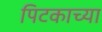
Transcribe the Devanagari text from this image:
पिटकाच्या